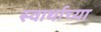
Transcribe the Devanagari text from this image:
स्वार्थाच्या